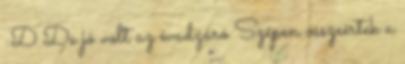
:D De jó volt az évadzáró Szépen összeértek a